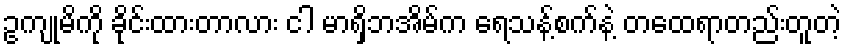
ဥကျုမိကို ခိုင်းထားတာလား ငါ မာရှိဘအိမ်က ရေသန့်စက်နဲ့ တထေရာတည်းတူတဲ့